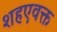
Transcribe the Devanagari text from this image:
शहएवक्त